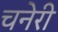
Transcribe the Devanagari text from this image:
चनेरी